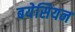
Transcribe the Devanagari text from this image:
बयेसियन